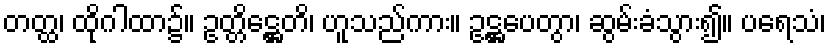
တတ္ထ၊ ထိုဂါထာ၌။ ဥတ္တိဋ္ဌေတိ၊ ဟူသည်ကား။ ဥဋ္ဌပေတွာ၊ ဆွမ်းခံသွား၍။ ပရေသံ၊